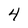
Character: 4